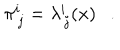
\pi _ { \, j } ^ { i } = \lambda _ { \, j } ^ { i } ( x ) .